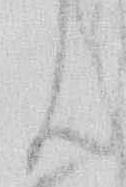
ん